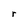
Character: r